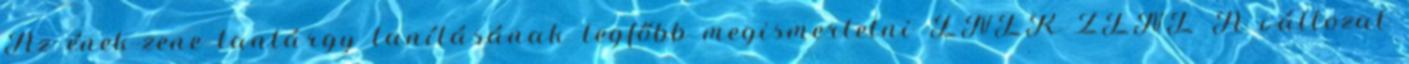
Az ének-zene tantárgy tanításának legfőbb megismertetni ÉNEK-ZENE A változat